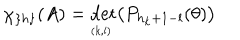
LaTeX: \chi _ { \{ h \} } ( A ) = \det _ { _ { ( k , l ) } } \bigl ( P _ { h _ { k } + 1 - l } ( \theta ) \bigr )